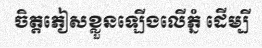
ចិត្តភៀសខ្លួនឡើងលើភ្នំ ដើម្បី